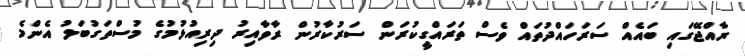
ރާއްޖޭގައި ބައެއް ސަރަހައްދުތައް ވެސް ތަރައްގީކުރަން ސަރުކާރުން ރާވާއިރު ދިރިއުޅުމުގެ މުސްތަގުބަލު އެންމެ